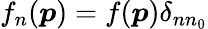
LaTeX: f_{n}(\boldsymbol{p})=f(\boldsymbol{p})\delta_{nn_{0}}